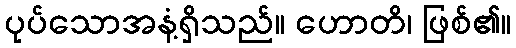
ပုပ်သောအနံ့ရှိသည်။ ဟောတိ၊ ဖြစ်၏။